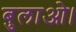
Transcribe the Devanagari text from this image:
बुलाओ।